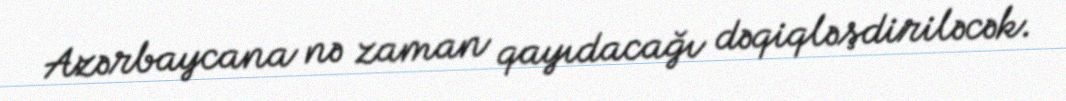
Azərbaycana nə zaman qayıdacağı dəqiqləşdiriləcək.